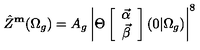
\hat { Z } ^ { \bf m } ( \Omega _ { g } ) = A _ { g } \left| \Theta \left[ \begin{array} { c } { { \vec { \alpha } } } \\ { { \vec { \beta } } } \\ \end{array} \right] ( 0 \vert \Omega _ { g } ) \right| ^ { 8 }